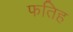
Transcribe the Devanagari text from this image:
फतिह